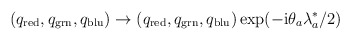
\begin{align*}\left( q_{\mathrm{red}},q_{\mathrm{grn}},q_{\mathrm{blu}}\right)\rightarrow\left( q_{\mathrm{red}},q_{\mathrm{grn}},q_{\mathrm{blu}}\right)\exp(-\mathrm{i}\theta_{a}\lambda_{a}^{\ast}/2)\end{align*}